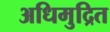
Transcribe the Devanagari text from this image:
अधिमुद्रित